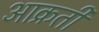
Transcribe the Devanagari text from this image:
आक्रती